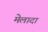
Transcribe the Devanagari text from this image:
मेलादा